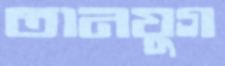
তানযুগ